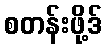
စတန်းဖို့ဒ်